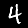
Digit: 4